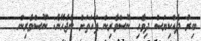
ބިރު ދެއްކިޔަސް ދިވެހި ނޫސްވެރިން ފަހަތަށް ނުޖެހޭނެ: ނޫސްވެރިން